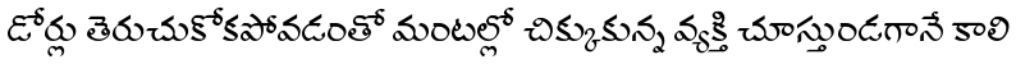
డోర్లు తెరుచుకోకపోవడంతో మంటల్లో చిక్కుకున్న వ్యక్తి చూస్తుండగానే కాలి